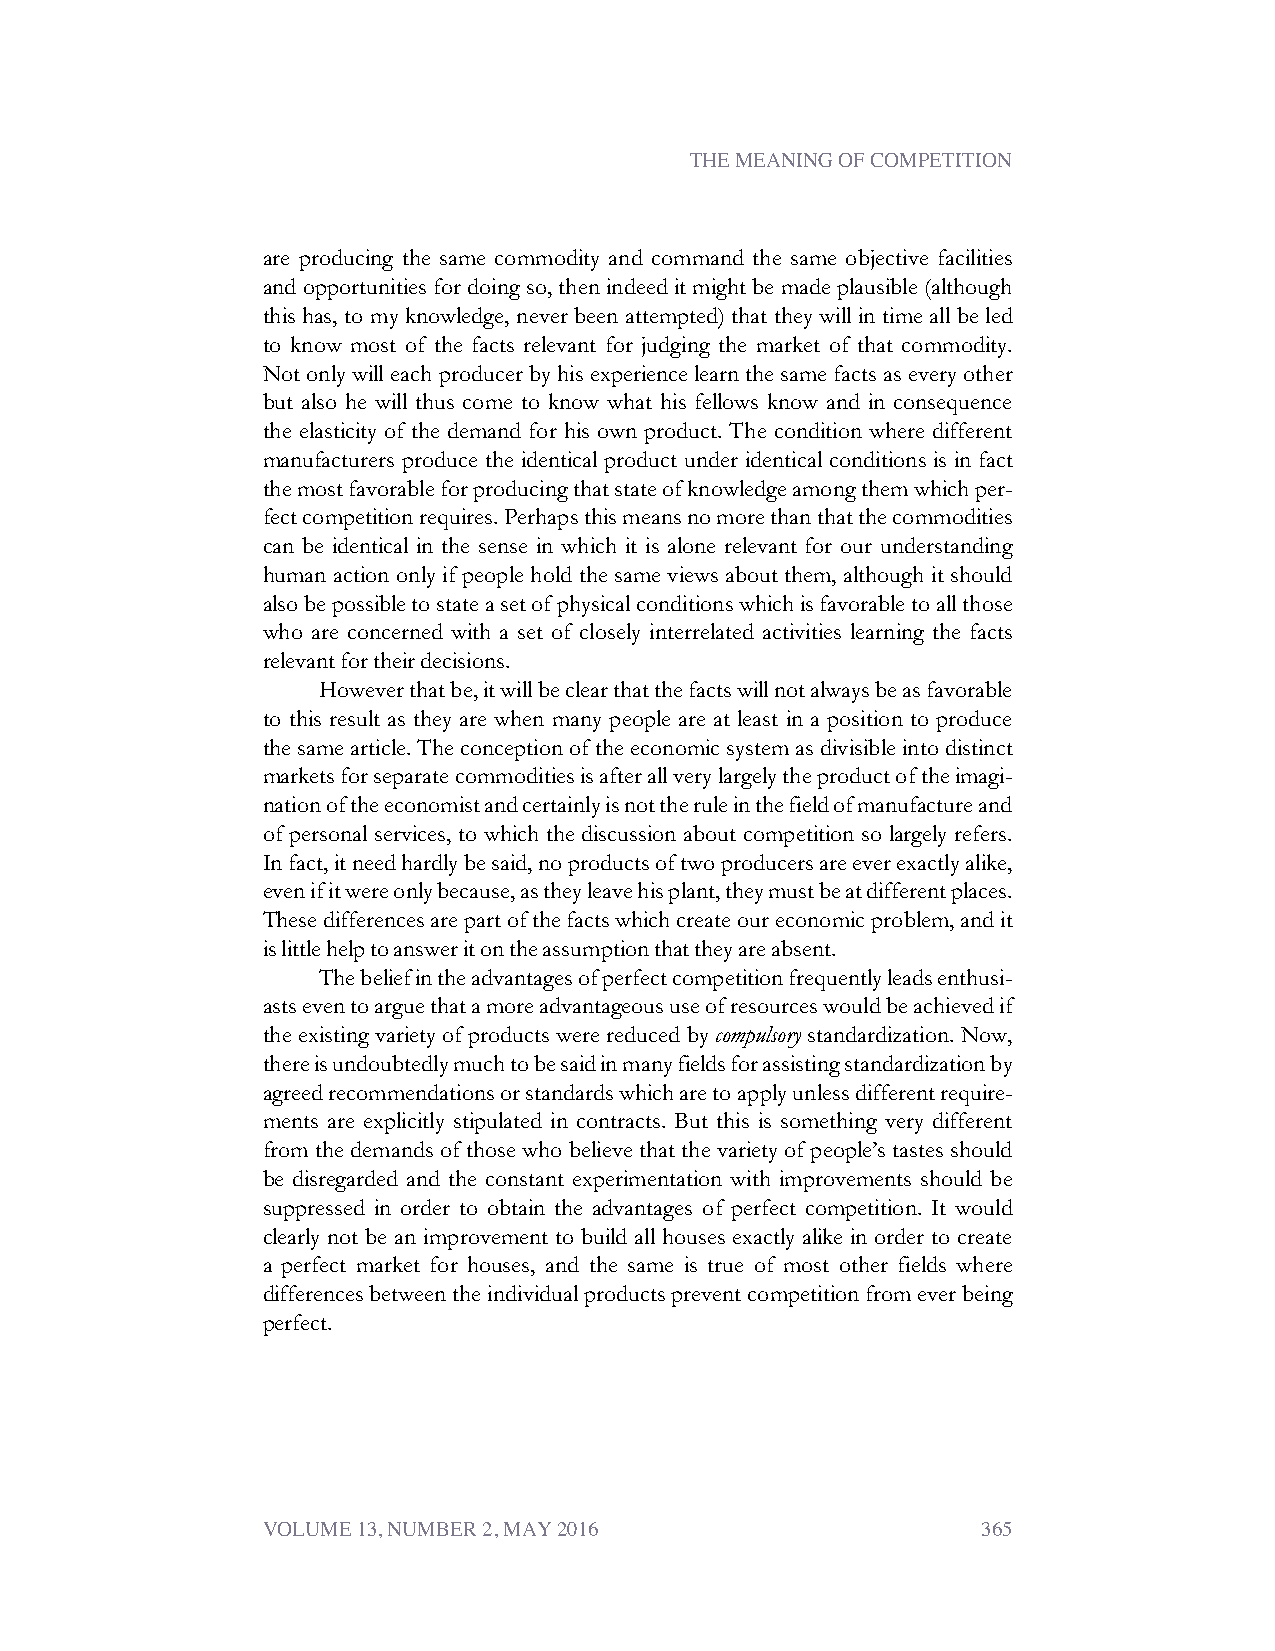
THE MEANING OF COMPETITION
 are producing the same commodity and command the same objective facilities
 andopportunitiesfordoingso,thenindeeditmightbemadeplausible(although
 this has, to my knowledge, never been attempted) that they will in time all be led
 to know most of the facts relevant for judging the market of that commodity.
 Notonlywilleachproducerbyhisexperiencelearnthesamefactsaseveryother
 but also he will thus come to know what his fellows know and in consequence
 the elasticity of the demand for his own product. The condition where different
 manufacturers produce the identical product under identical conditions is in fact
 themostfavorableforproducingthatstateofknowledgeamongthemwhichper-
 fectcompetitionrequires.Perhapsthismeansnomorethanthatthecommodities
 can be identical in the sense in which it is alone relevant for our understanding
 human action only if people hold the same views about them, although it should
 alsobepossibletostateasetofphysicalconditionswhichisfavorabletoallthose
 who are concerned with a set of closely interrelated activities learning the facts
 relevantfortheirdecisions.
 Howeverthatbe,itwillbeclearthatthefactswillnotalwaysbeasfavorable
 to this result as they are when many people are at least in a position to produce
 thesamearticle.Theconceptionoftheeconomicsystemasdivisibleintodistinct
 marketsforseparatecommoditiesisafterallverylargelytheproductoftheimagi-
 nationoftheeconomistandcertainlyisnottheruleinthefieldofmanufactureand
 of personal services, to which the discussion about competition so largely refers.
 Infact,itneedhardlybesaid,noproductsoftwoproducersareeverexactlyalike,
 evenifitwereonlybecause,astheyleavehisplant,theymustbeatdifferentplaces.
 Thesedifferencesarepartofthefactswhichcreateoureconomicproblem,andit
 islittlehelptoansweritontheassumptionthattheyareabsent.
 Thebeliefintheadvantagesofperfectcompetitionfrequentlyleadsenthusi-
 astseventoarguethatamoreadvantageoususeofresourceswouldbeachievedif
 the existing variety of products were reduced bycompulsory standardization. Now,
 thereisundoubtedlymuchtobesaidinmanyfieldsforassistingstandardizationby
 agreedrecommendationsorstandardswhicharetoapplyunlessdifferentrequire-
 ments are explicitly stipulated in contracts. But this is something very different
 fromthedemandsofthosewhobelievethatthevarietyofpeople’stastesshould
 be disregarded and the constant experimentation with improvements should be
 suppressed in order to obtain the advantages of perfect competition. It would
 clearly not be an improvement to build all houses exactly alike in order to create
 a perfect market for houses, and the same is true of most other fields where
 differencesbetweentheindividualproductspreventcompetitionfromeverbeing
 perfect.
 VOLUME 13, NUMBER 2, MAY 2016                   365